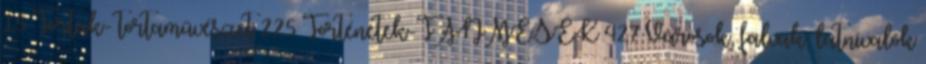
15 Torták- tortaművészet 225 Történetek-TANMESÉK 427 Városok, falvak, látnivalók